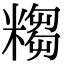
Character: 𥻤